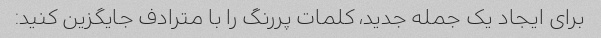
برای ایجاد یک جمله جدید، کلمات پررنگ را با مترادف جایگزین کنید: